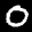
Label: 0